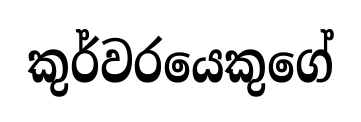
කුර්වරයෙකුගේ